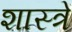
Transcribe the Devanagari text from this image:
शास्त्रें